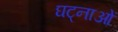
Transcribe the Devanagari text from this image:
घट्नाओं